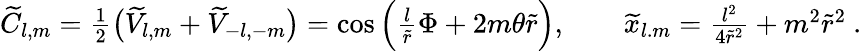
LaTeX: \begin{array}{r}{\widetilde{C}_{l,m}=\frac 12\big(\widetilde{V}_{l,m}+\widetilde{V}_{-l,-m}\big)=\cos\Big(\frac{l}{\widetilde{r}}\Phi+2m{\theta}\widetilde{r}\Big),\qquad\widetilde{x}_{l.m}=\frac{l^{2}}{4\widetilde{r}^{2}}+m^{2}\widetilde{r}^{2}\ .}\end{array}